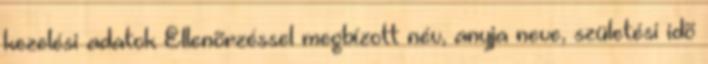
kezelési adatok Ellenõrzéssel megbízott név, anyja neve, születési idõ